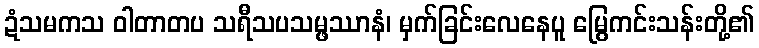
ဍံသမကသ ဝါတာတပ သရီသပသမ္ဖဿာနံ၊ မှက်ခြင်းလေနေပူ မြွေကင်းသန်းတို့၏